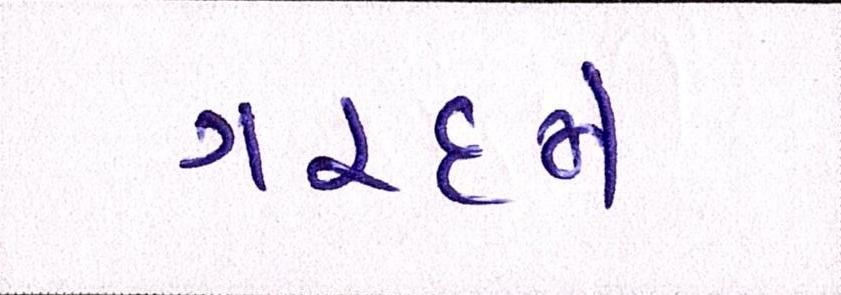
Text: ગરદન